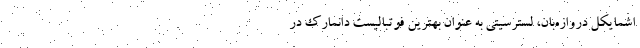
اشمایکل دروازه‌بان، لسترسیتی به عنوان بهترین فوتبالیست دانمارک در